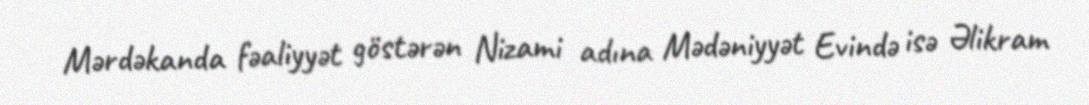
Mərdəkanda fəaliyyət göstərən Nizami adına Mədəniyyət Evində isə Əlikram